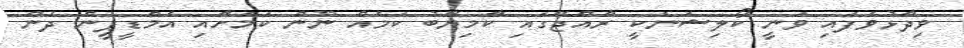
ވިދާޅުވެފައި ވަނީ ކޯލިޝަނަކީ ރާއްޖޭގައި ކާމިޔާބު ކަމެއް ނޫން ކަމަށާއި އެމްޑީޕީން ދެން